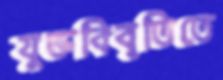
যুক্তবিবৃতিতে